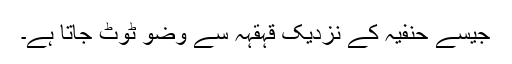
جیسے حنفیہ کے نزدیک قہقہہ سے وضو ٹوٹ جاتا ہے۔